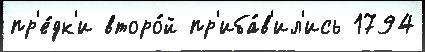
пр'е́дк'и второ́й пр'иба́в'ил'ись 1794